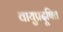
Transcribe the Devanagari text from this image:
वायुप्रदूषित